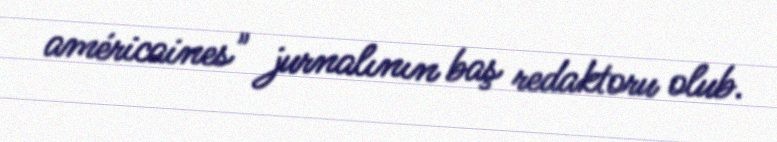
américaines" jurnalının baş redaktoru olub.